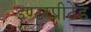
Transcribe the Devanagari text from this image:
इण्टरप्रीटेड